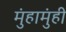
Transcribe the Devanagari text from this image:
मुंहामुंही